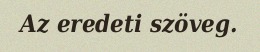
Az eredeti szöveg.